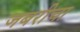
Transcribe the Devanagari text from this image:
जबरीचा